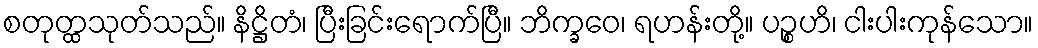
စတုတ္ထသုတ်သည်။ နိဋ္ဌိတံ၊ ပြီးခြင်းရောက်ပြီ။ ဘိက္ခဝေ၊ ရဟန်းတို့။ ပဉ္စဟိ၊ ငါးပါးကုန်သော။